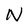
Character: N